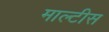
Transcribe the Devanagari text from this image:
माल्टीस